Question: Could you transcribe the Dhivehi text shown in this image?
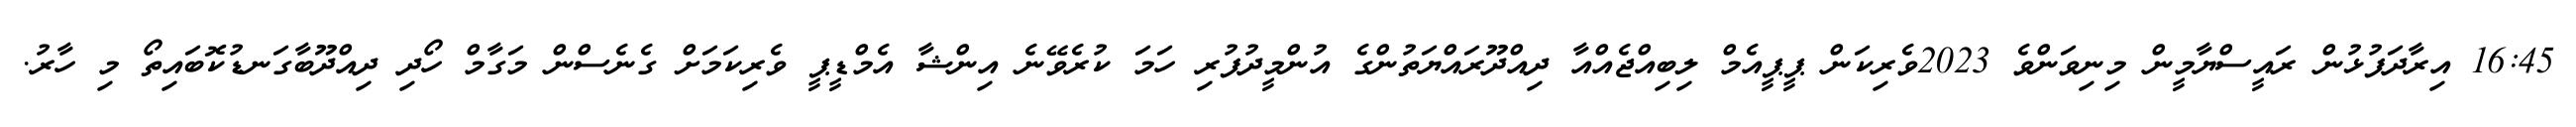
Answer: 16:45 އިރާދަފުޅުން ރައީސްޔާމީން މިނިވަންވެ 2023ވެރިކަން ޕީޕީއެމް ލިބިއްޖެއްއާ ދިއްދޫރައްޔަތުންގެ އުންމީދުފުރި ހަމަ ކުރެވޭނެ އިންޝާ އެމްޑީޕީ ވެރިކަމަށް ގެނެސްން މަގާމް ހޯދި ދިއްދޫބާގަނޑުކޮބައިތޯ މި ހާރު.